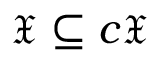
{ \mathfrak { X } } \subseteq c { \mathfrak { X } }